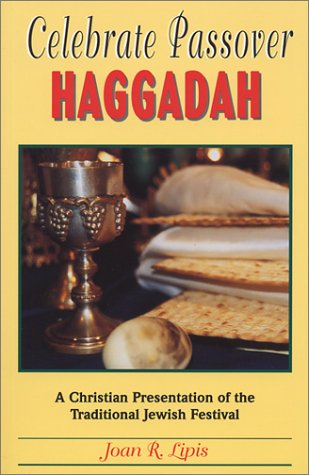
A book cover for Celebrate Passover Haggadah: A Christian Presentation of the Traditional Jewish Festival; Joan R. Lipis; Religion & Spirituality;